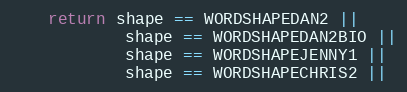
Language: Java
    return shape == WORDSHAPEDAN2 ||
            shape == WORDSHAPEDAN2BIO ||
            shape == WORDSHAPEJENNY1 ||
            shape == WORDSHAPECHRIS2 ||